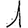
Digit: 1